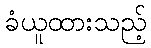
ခံယူထားသည့်